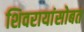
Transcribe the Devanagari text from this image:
शिवरायांसोबत